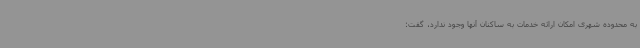
به محدوده شهری امکان ارائه خدمات به ساکنان آنها وجود ندارد، گفت: